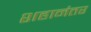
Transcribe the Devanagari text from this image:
शहानंतर